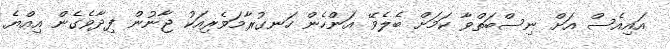
އައިއެސް އަށް ނިސްބަތްވާ ކަމަށް ބެލެވޭ އަންހެން ހަނގުރާމަވެރިއަކު ޖާނުން ފިދާވެގެން އިއްޔެ